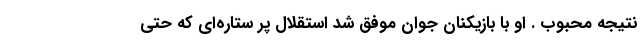
نتیجه محبوب . او با بازیکنان جوان موفق شد استقلال پر ستاره‌ای که حتی